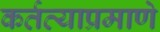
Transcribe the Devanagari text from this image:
कर्तव्याप्रमाणे